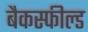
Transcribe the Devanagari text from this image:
बैकस्फील्ड